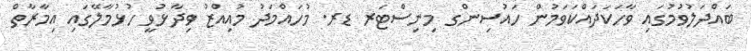
ބައްދަލުވުމުގައި ވާހަކަދައްކަވަމުން ހައުސިންގ މިނިސްޓަރ ޑރ. މުހައްމަދު މުއިއްޒު ވިދާޅުވީ ހުޅުމާލޭގައި އިމާރާތް